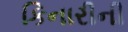
કિનારીની